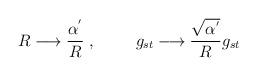
LaTeX: \begin{align*}R\longrightarrow \frac{\alpha^{'}}{R}\;, \hspace{1cm}g_{st} \longrightarrow \frac{\sqrt{\alpha^{'}}}{R}g_{st}\end{align*}